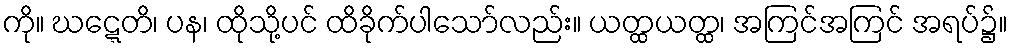
ကို။ ဃဋ္ဋေတိ၊ ပန၊ ထိုသို့ပင် ထိခိုက်ပါသော်လည်း။ ယတ္ထယတ္ထ၊ အကြင်အကြင် အရပ်၌။